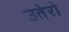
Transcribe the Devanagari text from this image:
उतेरो